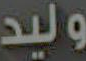
وليد